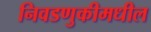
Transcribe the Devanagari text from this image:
निवडणुकीमधील